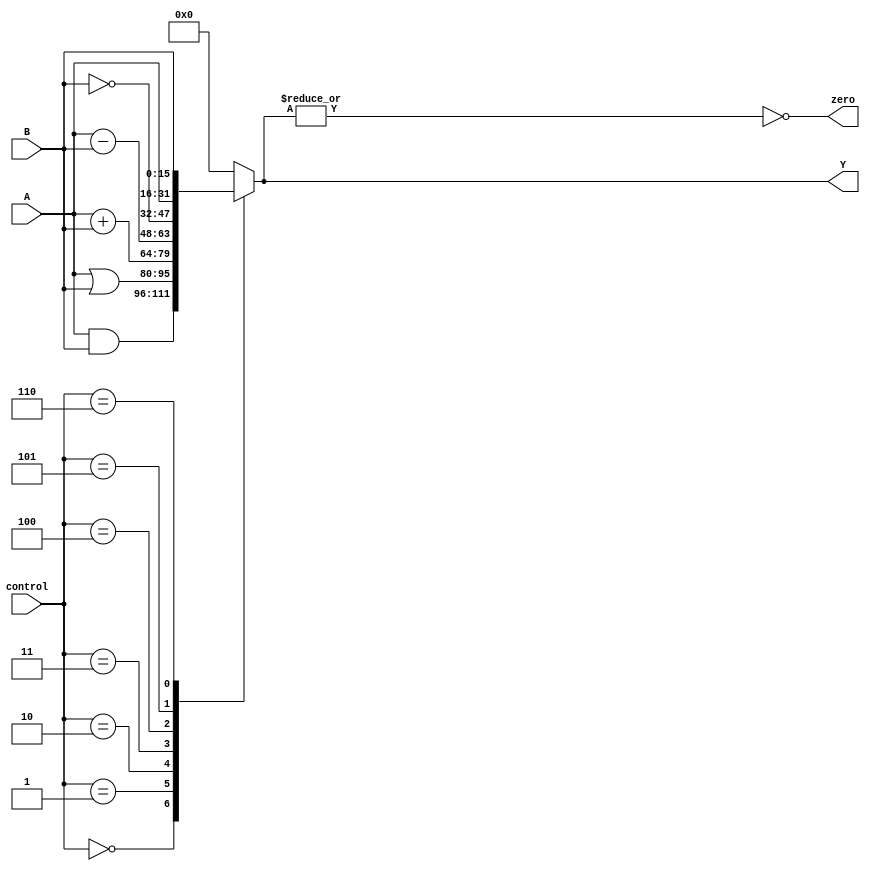
`timescale 1ns/1ns
module ALU(A,B,control,zero,Y);
    input signed[15:0]A,B;//16 bit
    input [2:0]control;//3bit
    output zero;
    output reg signed[15:0]Y;

    always @(A,B,control) begin
		#1 Y = 16'd0;
		case (control)
			3'd0: Y = A&B;
			3'd1: Y = A|B;
			3'd2: Y = A+B;
			3'd3: Y = A-B;
			3'd4: Y = ~B;
			3'd5: Y = A;
			3'd6: Y = B;
			default : Y = 16'd0;
		endcase
	end
    assign zero = ~|Y;

endmodule